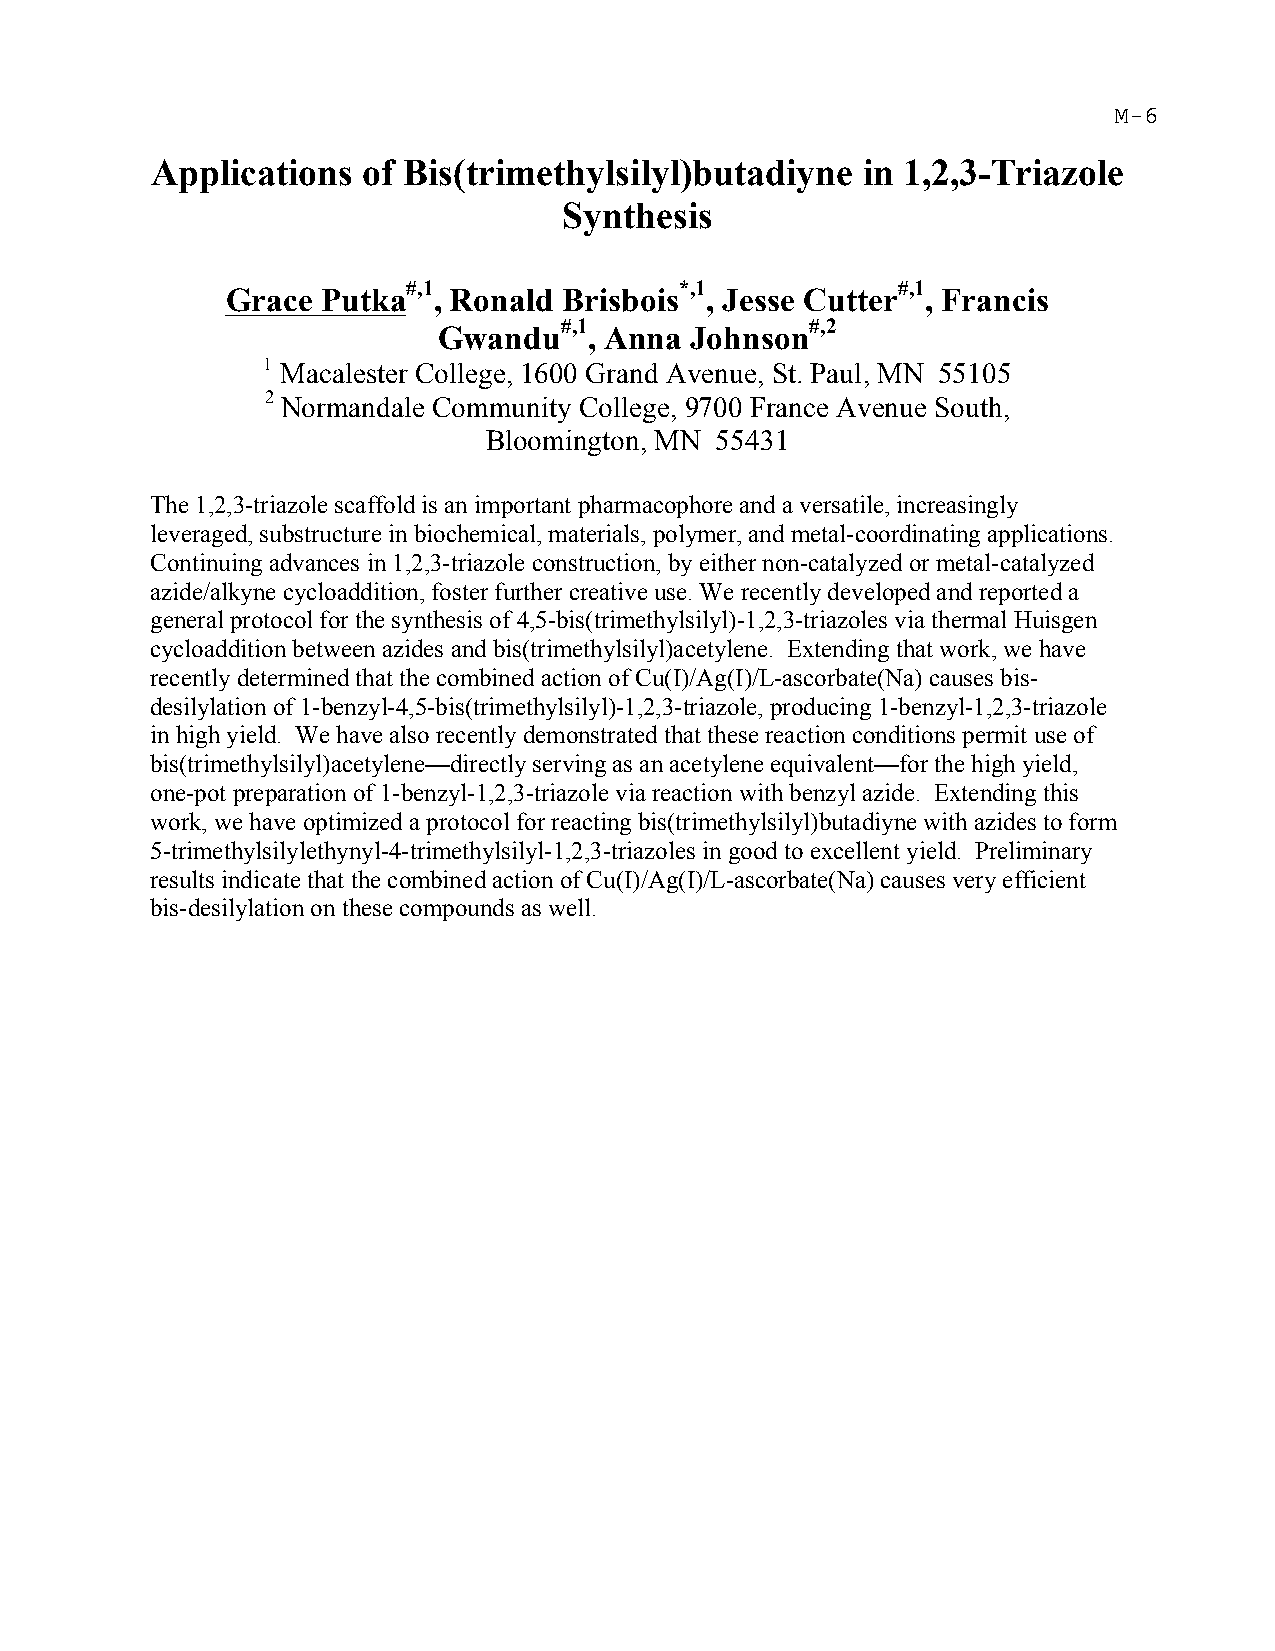
Applications  of Bis(trimethylsilyl)butadiyne  in 1,2,3-Triazole
 Synthesis
 #,1               *,1           #,1
 Grace Putka   , Ronald Brisbois , Jesse Cutter , Francis
 #,1              #,2
 Gwandu    , Anna Johnson
 1 Macalester College, 1600 Grand Avenue, St. Paul, MN 55105
 2 Normandale Community College, 9700 France Avenue South,
 Bloomington, MN 55431
 The 1,2,3-triazole scaffold is an important pharmacophore and a versatile, increasingly
 leveraged, substructure in biochemical, materials, polymer, and metal-coordinating applications.
 Continuing advances in 1,2,3-triazole construction, by either non-catalyzed or metal-catalyzed
 azide/alkyne cycloaddition, foster further creative use. We recently developed and reported a
 general protocol for the synthesis of 4,5-bis(trimethylsilyl)-1,2,3-triazoles via thermal Huisgen
 cycloaddition between azides and bis(trimethylsilyl)acetylene. Extending that work, we have
 recently determined that the combined action of Cu(I)/Ag(I)/L-ascorbate(Na) causes bis-
 desilylation of 1-benzyl-4,5-bis(trimethylsilyl)-1,2,3-triazole, producing 1-benzyl-1,2,3-triazole
 in high yield. We have also recently demonstrated that these reaction conditions permit use of
 bis(trimethylsilyl)acetylene—directly serving as an acetylene equivalent—for the high yield,
 one-pot preparation of 1-benzyl-1,2,3-triazole via reaction with benzyl azide. Extending this
 work, we have optimized a protocol for reacting bis(trimethylsilyl)butadiyne with azides to form
 5-trimethylsilylethynyl-4-trimethylsilyl-1,2,3-triazoles in good to excellent yield. Preliminary
 results indicate that the combined action of Cu(I)/Ag(I)/L-ascorbate(Na) causes very efficient
 bis-desilylation on these compounds as well.